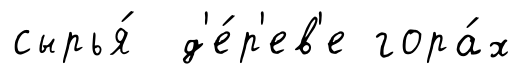
сырья́ д'е́р'ев'е гора́х